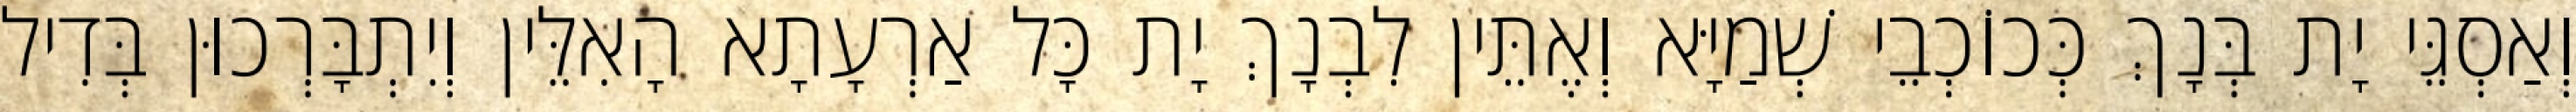
וְאַסְגֵּי יָת בְּנָךְ כְּכוֹכְבֵי שְׁמַיָּא וְאֶתֵּין לִבְנָךְ יָת כָּל אַרְעָתָא הָאִלֵּין וְיִתְבָּרְכוּן בְּדִיל